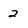
Character: 2